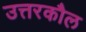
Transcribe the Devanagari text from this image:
उत्तरकौल